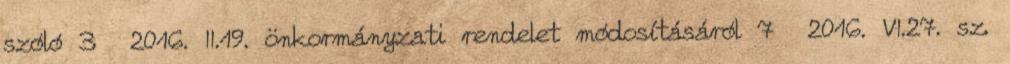
szóló 3 2016. II.19. önkormányzati rendelet módosításáról 7 2016. VI.27. sz.